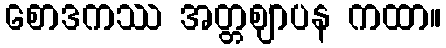
စောဒကဿ အတ္တဈာပန ကထာ။